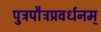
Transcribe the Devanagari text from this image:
पुत्रपौत्रप्रवर्धनम्